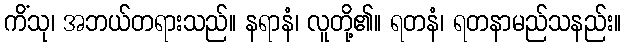
ကိံသု၊ အဘယ်တရားသည်။ နရာနံ၊ လူတို့၏။ ရတနံ၊ ရတနာမည်သနည်း။